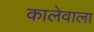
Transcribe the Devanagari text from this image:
कालेवाला